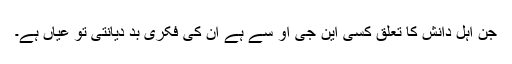
جن اہل دانش کا تعلق کسی این جی او سے ہے ان کی فکری بد دیانتی تو عیاں ہے۔